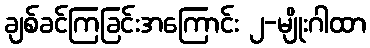
ချစ်ခင်ကြခြင်းအကြောင်း ၂-မျိုးဂါထာ